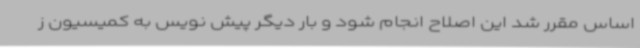
اساس مقرر شد این اصلاح انجام شود و بار دیگر پیش نویس به کمیسیون ز